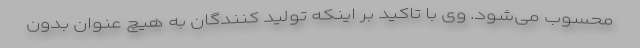
محسوب می‌شود. وی با تاکید بر اینکه تولید کنندگان به هیچ عنوان بدون